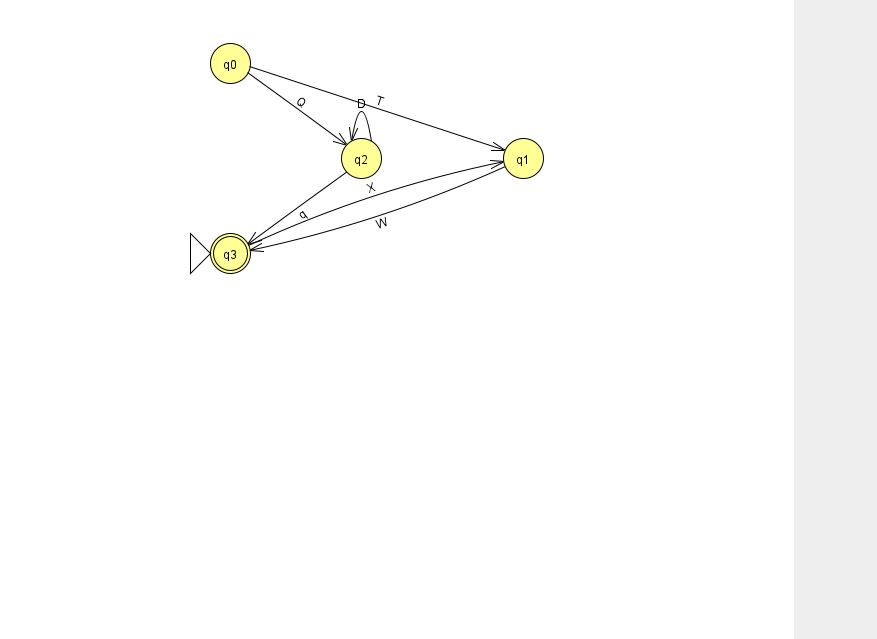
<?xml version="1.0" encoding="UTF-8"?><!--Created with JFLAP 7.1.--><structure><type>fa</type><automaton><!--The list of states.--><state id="0" name="q0"><x>230.0</x><y>50.0</y></state><state id="1" name="q1"><x>523.0</x><y>145.0</y></state><state id="2" name="q2"><x>361.0</x><y>145.0</y></state><state id="3" name="q3"><x>230.0</x><y>240.0</y><initial/><final/></state><!--The list of transitions.--><transition><from>3</from><to>1</to><read>X</read></transition><transition><from>2</from><to>2</to><read>D</read></transition><transition><from>0</from><to>1</to><read>T</read></transition><transition><from>0</from><to>2</to><read>Q</read></transition><transition><from>1</from><to>3</to><read>W</read></transition><transition><from>2</from><to>3</to><read>q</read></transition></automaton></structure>